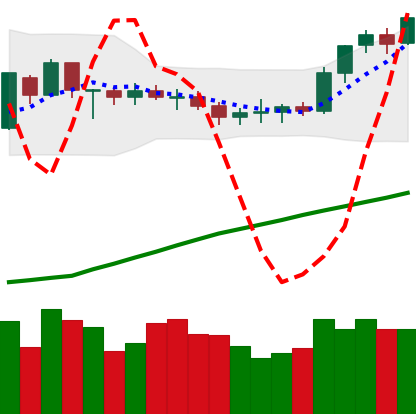
Ticker: BTC-USD
Chart end date: 2020-07-25
Forward return: 14.819%
Label: up_7plus